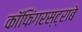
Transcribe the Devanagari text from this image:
कॉफिंगरस्ट्राबे